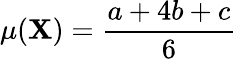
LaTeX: \mu(\mathbf{X})={\frac{{a+4b+c}}{{6}}}